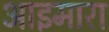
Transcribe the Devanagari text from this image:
आइमारा